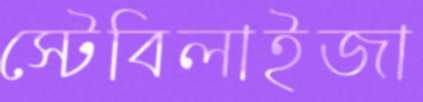
স্টেবিলাইজা